Vital statistics of India. Vol. IV, Annual returns from 1871 to 1876. British Army of India, Native Army and jails of Bengal
Year: 1871
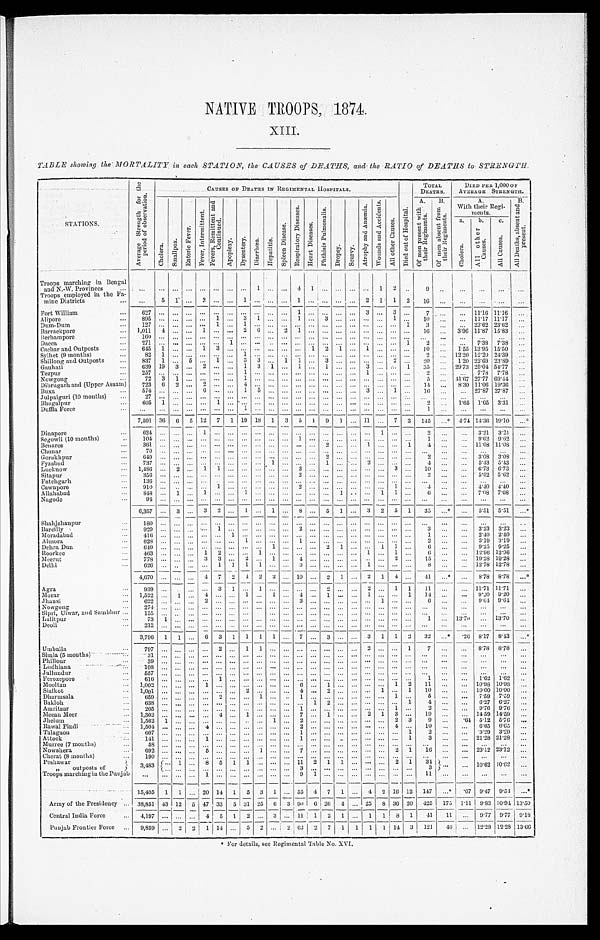
NATIVE TROOPS 1874.
XIII.
TABLE showing the MORTALITY in each STATION, the CAUSES of DEATHS, and the RATIO of DEATHS to STRENGTH.
STATIONS.
A v e r a g e S t r e n g t h f o r t h e
p e r i o d o f o b s e r v a t i o n .
CAUSES OF DEATHS I N REGI MENTAL HOSPI TALS.
D i e d o u t o f H o s p i t a l .
TOTA L
DEATHS.
DIED PER 1,000 OF
AVERAGE STRENGTH.
C h o l e r a .
S m a l l p o x .
E n t e r i c F e v e r .
F e v e r , I n t e r m i t t e n t .
F e v e r s , R e m i t t e n t a n dC
o n t i n u e d .
A p o p l e x y . D y s e n t e r y . D i a r r h œ a . H e p a t i t i s .
S p l e e n D i s e a s e .
R e s p i r a t o r y D i s e a s e s .
H e a r t D i s e a s e s .
P h t h i s i s P u l m o n a l i s .
D r o p s y . S c u r v y .
A t r o p h y a n d A n æ m i a .
W o u n d s a n d A c c i d e n t s .
A l l o t h e r C a u s e s .
A .
O f m e n p r e s e n t w i t h
t h e i r R e g i m e n t s .
B .
O f m e n a b s e n t f r o m
t h e i r R e g i m e n t s .
A.
With their Regi-
ments.
B .
A l l D e a t h s , a b s e n t a n d
p r e s e n t .
a .
C h o l e a . b .
A l l o t h e r
C a u s e s . c .
A l l C a u s e s .
Troops marching in Bengal
and N.-W. Provinces
1
4 1
1 2
9
Troops employed in the Fa-
mine Districts
5 1
2
1
1
2 1 1 2 16
Fort William
6 2 7
1
3
3
7
11.16 11.16
Alipore
895
1
3 1
1
3
1
10
11.17 11.17
Dum-Dum
1 2 7
1
1
1 3
23.62 23.62
Barrackpore
1 , 0 1 1
4
1
2 6
2 1
16
3.96 11.87 15.83
B e r h a mp o r e
160
Dacca
2 7 1
1
1 2
7.38 7.38
Cachar and Outposts
6 4 5
1
1 3
1 2 1
1
1 0
1.55 13.95 15.50
Sylhet (9 months)
8 2
1
1
2
12.20 12.20 24.39
Shillong and Outposts
837 1
5
1
3 3
1 1
3
2
20
1.20 22.69 23.89
Gauhati
639 19 3
2
1 3 1
1
1
3
1 35
29.73 25.04 54.77
Tezpur
2 5 7
1
1
2
7.78 7.78
Nowgong
7 2
3 1
1
5
4 1 . 6 7 27.77 69.44
Dibrugarh and (Upper Assam) 723 6 2
2
4
14
8.30 11.06 19.36
B u x a
574
6
1 5
3
1
16
2 7 . 8 7 27 .87
Julpaiguri (10 months)
2 7
Bhagalpur
6 0 5
1
1
2
1.65 1.65 3. 31
Duffla Force
1
1
7,591 36 6 5 12 7 1 19 18 1 3 5 1 9 1
11
7 3 145
* 4.74 14.36 19.10
*
Dinapore
6 2 4
1
1
2
3.21 3.21
Segowli (10 months)
1 0 4
1
1
9.62 9.62
Benares
361
2
1
1 4
11.08 11.08
Chunar
70
Gorakhpur
6 4 9
2
2
3. 08 3.08
Fyzabad
737
1
1
2
4
5.43 5.43
Lucknow
1,486
2
1 1
3
3
1 0
6.73 6.73
Sitapur
3 5 6
2
2
5.62 5.62
Fatehgarh
136
Cawnpore
910
1
2
1
4
4 . 4 0 4 4 0
Allahabad
8 4 8
1
1
1
1
1 1
6
7.08 7.08
Nagode
94
6,357
3
3 2
1
1
8
5 1
3 2 5 1 35
*
5.51 5.51
*
Shahjahanpur
180
Bareilly
929
1
2
3
3.23 3.23
Moradabad
416
1
1
2.40 2.40
Almora
628
1
1
2
3.19 3.19
Dehra Dun
649
1
2 1
1 1
6
9.25 9.25
Roorkee
463
1 2
1
1
1
6
12.96 12.96
Meerut
778
3 3
2
1
4
2
15
19.28 19.28
Delhi
6 2 6
1 1 1 1
3
1
8
12.78 12.78
4,670
4 7 2 4 2 2 10
2 1
2 1 4
41
*
8.78 8 . 7 8
*
Agra
9 3 9
3 1
1
2
2
1 1 11
11.71 11.71
Morar
1,522
1
4
1
1
4
1
1
1 14
9.20 9 . 2 0
J h a n s i
622
2
3
1
6
9.64 9.64
Nowgong
2 7 4
Sipri, Ulwar, and Sambhur
155
Lalitpur
7 3
1
1
13.70
13.70
Deoli
2 1 2
3,796 1 1
6 3 1 1 1 1
7
3
3 1 1 2 32
* . 2 6 8.17 8.43
*
Umballa
7 9 7
2
1 1
2
1 7
8.78 8.78
Simla (5 months)
3 1
Phillour
3 9
Ludhiana
108
Jullundur
557
Ferozepore
616
1
1
1.62 1.62
Mooltan
1,002
1
6
1
1 2 1 1
1 0 . 9 8 1 0 . 9 8
Sialkot
1 , 0 0 1
2
4
2
1
1 1 0
1 0 . 0 0 1 0 . 0 0
Dharmsala
659
2
1
1
1
5
7.59 7.59
Bakloh
6 3 8
1 2
1 4
6.27 6.27
Amritsar
2 0 5
1
1
2
9.76 9.76
Meean Meer
1,302
4
1
7
1
2 1 3
19
14.59 14.59
Jhelum
1,562 1
1
2
2 3 9
. 6 4 5.12 5.76
R a wa l P i n d i
1,504
4
2
4
1 0
6 . 6 5 6 . 6 5
Talagaon
607
1
1 2
3.29 3.29
Attock
1 4 1
1
1
1 3
21.28 21.28
Murree (7 months)
5 8
Nowshera
6 9 2
5
1
7
2 1 16
23.12 23.12
Cherat (8 months)
1 9 0
Peshawar
3,483
1
8 5 1 1
11 2 1 1
2 1 34
10. 62 10.62
„ outposts of
3
3
Troops marching in the Punjab
1
9 1
1 1
15,405 1 1
20 14 1 5 3 1
55 4 7 1
4 2 16 12 147 *
. 0 7 9.47 9.54 *
Army of the Presidency 38,851 43 12 5 47 33 5 31 25 6 3 90 6 26 4
25 8 36 20 495 175 1.11 9.83 10.94 13.50
Central India Force
4,197
4 5 1 2
3
11 1 2 1
1 1 8 1 41 11
9.77 9.77 9.18
Punjab Frontier Force
9,859
2 2 1 14
5 2
2 63 2 7 1 1 1 1 14 3 121 46
12.28 12.28 13.66